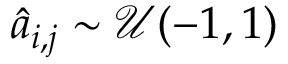
\hat { a } _ { i , j } \sim \mathcal { U } ( - 1 , 1 )